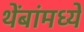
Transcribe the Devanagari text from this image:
थेंबांमध्ये